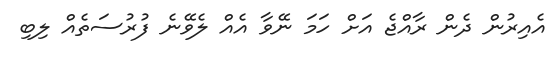
އެއިރުން ދެން ރާއްޖެ އަށް ހަމަ ނޭވާ އެއް ލެވޭނެ ފުރުސަތެއް ލިބި